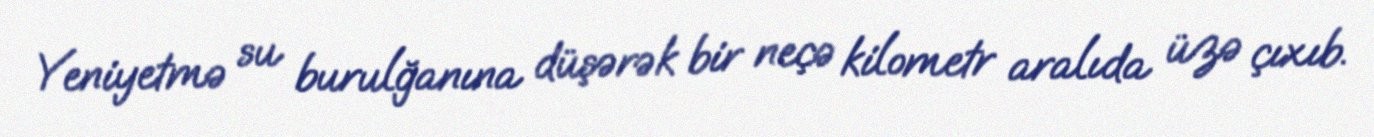
Yeniyetmə su burulğanına düşərək bir neçə kilometr aralıda üzə çıxıb.